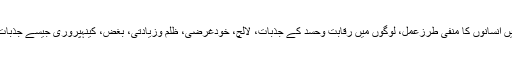
ان مسائل میں انسانوں کا منفی طرزعمل، لوگوں میں رقابت وحسد کے جذبات، لالچ، خودغرضی، ظلم وزیادتی، بغض، کینہپروری جیسے جذبات شامل ہیں۔